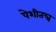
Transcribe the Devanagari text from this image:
पेशीतन्त्र